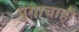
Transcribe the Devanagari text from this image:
युगाचाही